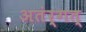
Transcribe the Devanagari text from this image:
अतंर्गत्